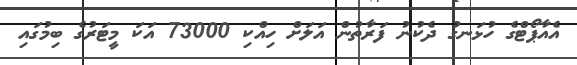
އެއާޕޯޓްގެ ހުޅަނގު ދެކުނު ފަރާތުން އަލަށް ހިއްކި 73000 އަކަ މީޓަރުގެ ބިމުގައި